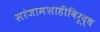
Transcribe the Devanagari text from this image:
सरंजामशाहीविरूद्ध